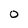
Character: 0